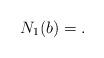
LaTeX: \begin{align*} N_1(b ) = .\end{align*}